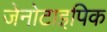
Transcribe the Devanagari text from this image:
जेनोटाइपिक